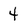
Character: 4